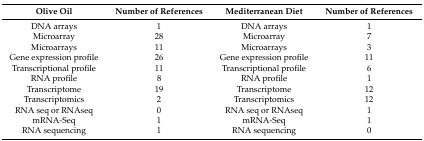
<table><thead><tr><td><b>Olive Oil</b></td><td><b>Number of References</b></td><td><b>Mediterranean Diet</b></td><td><b>Number of References</b></td></tr></thead><tbody><tr><td>DNA arrays</td><td>1</td><td>DNA arrays</td><td>1</td></tr><tr><td>Microarray</td><td>28</td><td>Microarray</td><td>7</td></tr><tr><td>Microarrays</td><td>11</td><td>Microarrays</td><td>3</td></tr><tr><td>Gene expression profile</td><td>26</td><td>Gene expression profile</td><td>11</td></tr><tr><td>Transcriptional profile</td><td>11</td><td>Transcriptional profile </td><td>6</td></tr><tr><td>RNA profile</td><td>8</td><td>RNA profile</td><td>1</td></tr><tr><td>Transcriptome</td><td>19</td><td>Transcriptome</td><td>12</td></tr><tr><td>Transcriptomics </td><td>2</td><td>Transcriptomics</td><td>12</td></tr><tr><td>RNA seq or RNAseq</td><td>0</td><td>RNA seq or RNAseq</td><td>1</td></tr><tr><td>mRNA-Seq</td><td>1</td><td>mRNA-Seq</td><td>1</td></tr><tr><td>RNA sequencing </td><td>1</td><td>RNA sequencing </td><td>0</td></tr></tbody></table>